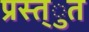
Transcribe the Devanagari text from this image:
प्रस्त्ुत